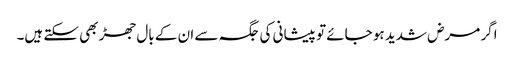
اگر مرض شدید ہو جائے تو پیشانی کی جگہ سے ان کے بال جھڑ بھی سکتے ہیں۔